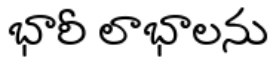
భారీ లాభాలను